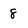
Character: 8